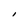
Character: l